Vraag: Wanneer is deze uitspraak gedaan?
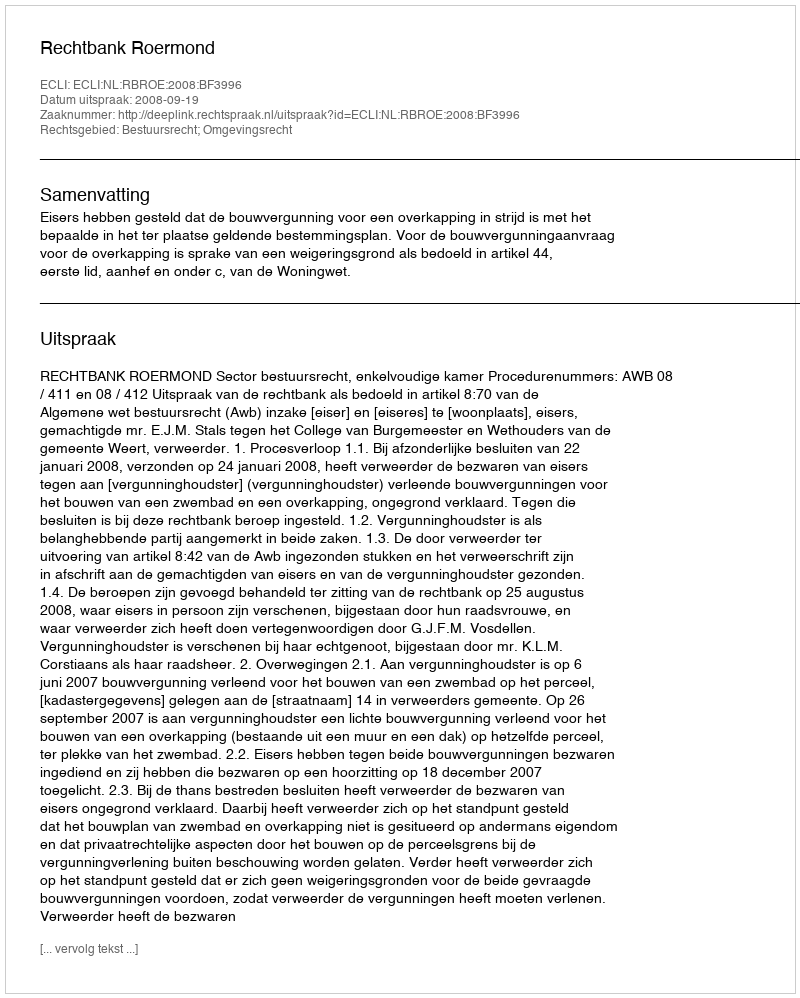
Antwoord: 2008-09-19